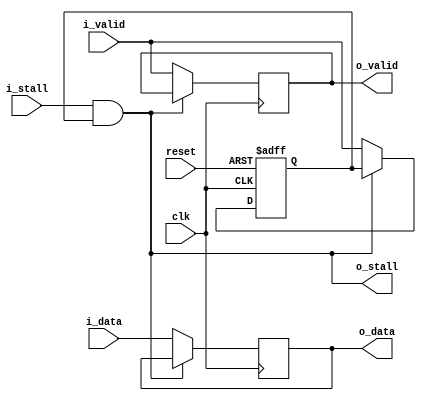
module acl_io_pipeline #(
  parameter WIDTH = 1
)(
  input  clk,
  input  reset,
  input  i_stall,
  input  i_valid,
  input  [WIDTH-1:0] i_data,
  output o_stall,
  output reg o_valid,
  output reg [WIDTH-1:0] o_data
);
reg R_valid;
assign o_stall = i_stall & R_valid;
always@(posedge clk) begin
  if(!o_stall) {o_valid, o_data} <= {i_valid, i_data};
end
always@(posedge clk or posedge reset)begin
  if(reset) R_valid <= 1'b0;
  else if(!o_stall) R_valid <= i_valid;
end
endmodule